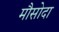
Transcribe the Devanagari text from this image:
मौसोदा